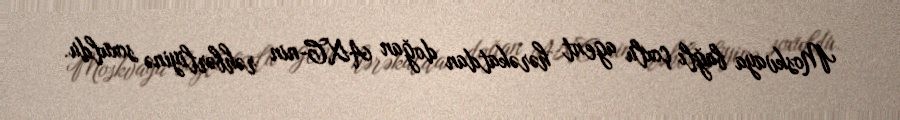
Moskvaya bağlı çoxlu agent hərəkatdan doğan AXC-nin rəhbərliyinə soxuldu.